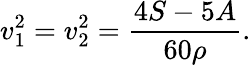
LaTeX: v_{1}^{2}=v_{2}^{2}=\frac{4S-5A}{60\rho}.